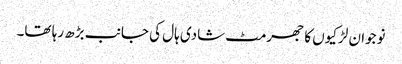
نوجوان لڑکیوں کا جھرمٹ شادی ہال کی جانب بڑھ رہا تھا۔